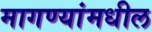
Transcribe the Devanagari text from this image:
मागण्यांमधील